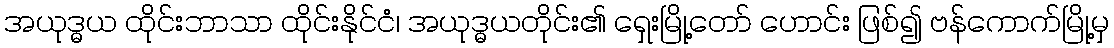
အယုဒ္ဓယ ထိုင်းဘာသာ ထိုင်းနိုင်ငံ၊ အယုဒ္ဓယတိုင်း၏ ရှေးမြို့တော် ဟောင်း ဖြစ်၍ ဗန်ကောက်မြို့မှ